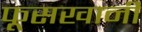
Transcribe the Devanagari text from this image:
फूसखानी